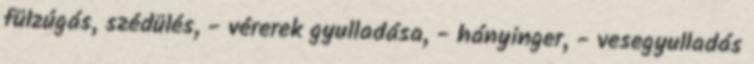
fülzúgás, szédülés, - vérerek gyulladása, - hányinger, - vesegyulladás